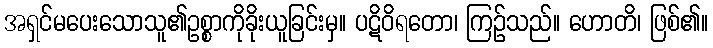
အရှင်မပေးသောသူ၏ဥစ္စာကိုခိုးယူခြင်းမှ။ ပဋိဝိရတော၊ ကြဉ်သည်။ ဟောတိ၊ ဖြစ်၏။